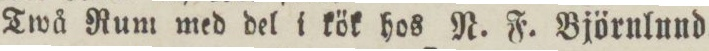
Twå Rum med del i kök hos N. F. Björnlund.